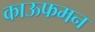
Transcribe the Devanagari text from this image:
काऊफमन